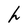
Character: h